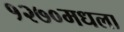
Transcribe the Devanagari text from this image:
१२७०मधला